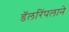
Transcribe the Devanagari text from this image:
डॅलरिंपलाने